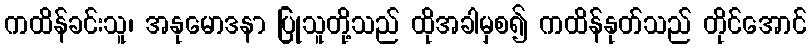
ကထိန်ခင်းသူ၊ အနုမောဒနာ ပြုသူတို့သည် ထိုအခါမှစ၍ ကထိန်နုတ်သည် တိုင်အောင်